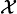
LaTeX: \scriptstyle{\mathcal{X}}